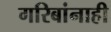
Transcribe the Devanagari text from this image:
गरिबांनाही